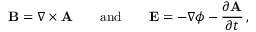
{ \bf B } = \nabla \times { \bf A } \quad \quad \mathrm { a n d } \quad \quad { \bf E } = - \nabla \phi - \frac { \partial { \bf A } } { \partial t } \, ,